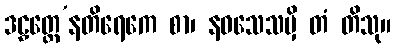
ဒဠှတ္ထေ’နတိရေကေ စာ၊ နဝသေသမှိ တံ တိသု။